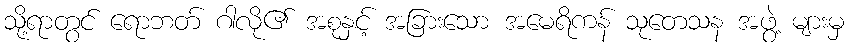
သို့ရာတွင် ရောဘတ် ဂါလို၏ အစုနှင့် အခြားသော အမေရိကန် သုတေသန အဖွဲ့ များမှ